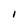
Character: I